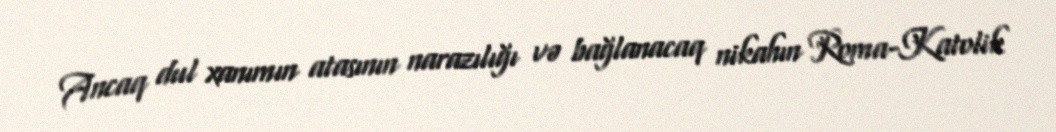
Ancaq dul xanımın atasının narazılığı və bağlanacaq nikahın Roma-Katolik